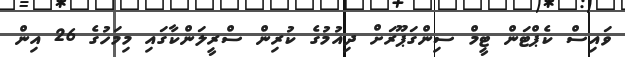
ވައިސް ކެޕްޓަން ޓީމް ސިންގަޕޫރަށް ދިއުމުގެ ކުރިން ސްރީލަންކާގައި މިމަހުގެ 26 އިން